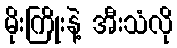
မိုးကြိုးနဲ့ အီးသံလို